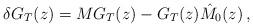
LaTeX: \begin{align*}\delta G_{T}(z)=MG_{T}(z)-G_{T}(z)\hat{M}_{0}(z)\,, \end{align*}